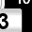
Digit: 3